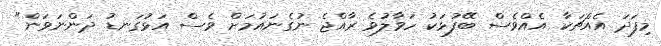
މިފަދަ އެއްޗަކާ އެއްވެސް ބޭފުޅަކު ހަވާލުވެ ރާއްޖެ ނުގެނައުމަށް ވެސް އަޅުގަނޑު ދަންނަވަން"